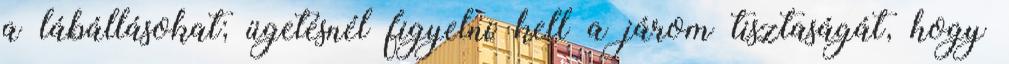
a lábállásokat; ügetésnél figyelni kell a járom tisztaságát, hogy